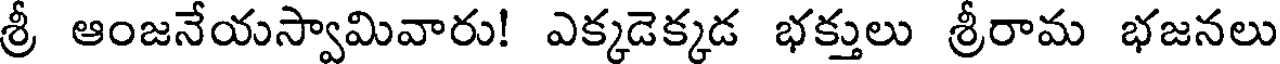
శ్రీ ఆంజనేయస్వామివారు! ఎక్కడెక్కడ భక్తులు శ్రీరామ భజనలు